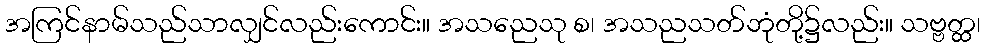
အကြင်နာမ်သည်သာလျှင်လည်းကောင်း။ အသညေသု စ၊ အသညသတ်ဘုံတို့၌လည်း။ သဗ္ဗတ္ထ၊